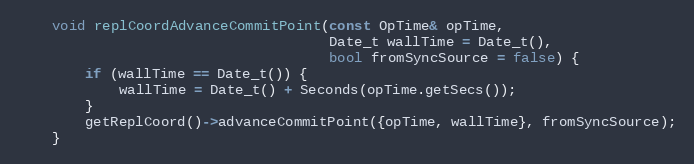
Language: C
    void replCoordAdvanceCommitPoint(const OpTime& opTime,
                                     Date_t wallTime = Date_t(),
                                     bool fromSyncSource = false) {
        if (wallTime == Date_t()) {
            wallTime = Date_t() + Seconds(opTime.getSecs());
        }
        getReplCoord()->advanceCommitPoint({opTime, wallTime}, fromSyncSource);
    }